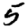
Digit: 5